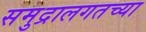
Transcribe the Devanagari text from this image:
समुद्रालगतच्या